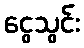
ငွေသွင်း